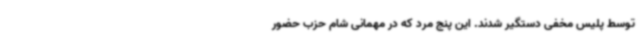
توسط پلیس مخفی دستگیر شدند. این پنج مرد که در مهمانی شام حزب حضور